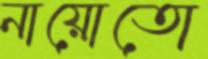
নায়োতো